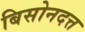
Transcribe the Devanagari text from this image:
बिसोनदत्त